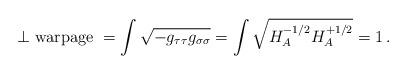
LaTeX: \begin{align*}\perp {\rm warpage\ } = \int \sqrt{-g_{\tau\tau}g_{\sigma\sigma}}= \int \sqrt{H_A^{-1/2}H_A^{+1/2}} =1 \,.\end{align*}